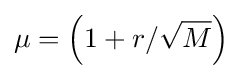
\mu =\left(1+r/{\sqrt {M}}\right)